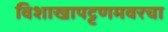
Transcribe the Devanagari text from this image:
विशाखापट्टणमवरचा